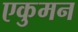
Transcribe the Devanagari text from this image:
एकुमन